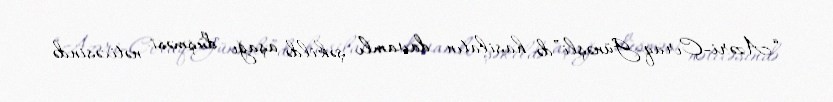
“Azəri-Çıraq-Günəşli”də hasilatın davamlı şəkildə aşağı düşməsi nəticəsində